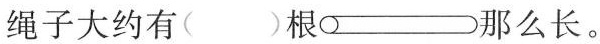
绳子大约有( )根 那么长。